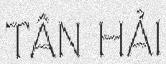
TÂN HẢI